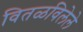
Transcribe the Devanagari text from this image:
वितळविलेले